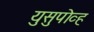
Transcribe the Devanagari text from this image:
युसुपोव्ह